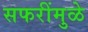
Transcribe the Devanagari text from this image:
सफरींमुळे